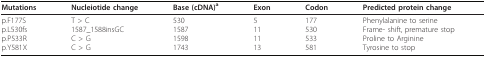
<table><thead><tr><td><b>Mutations</b></td><td><b>Nucleiotide change</b></td><td><b>Base (cDNA)<sup>a</sup></b></td><td><b>Exon</b></td><td><b>Codon</b></td><td><b>Predicted protein change</b></td></tr></thead><tbody><tr><td>p.F177Sp.L530fsp.P533Rp.Y581X</td><td>T &gt; C1587_1588insGCC &gt; GC &gt; G</td><td>530158715981743</td><td>5111113</td><td>177530533581</td><td>Phenylalanine to serineFrame- shift, premature stopProline to ArginineTyrosine to stop</td></tr></tbody></table>